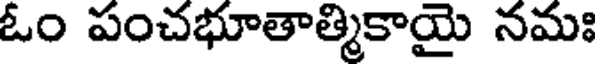
ఓం పంచభూతాత్మికాయై నమః